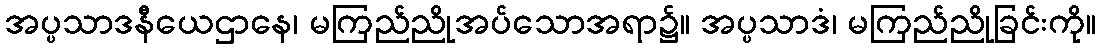
အပ္ပသာဒနီယေဌာနေ၊ မကြည်ညိုအပ်သောအရာ၌။ အပ္ပသာဒံ၊ မကြည်ညိုခြင်းကို။